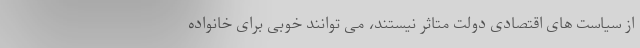
از سیاست های اقتصادی دولت متاثر نیستند، می توانند خوبی برای خانواده